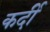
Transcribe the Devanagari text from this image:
कर्दी